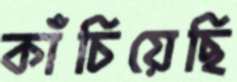
কাঁচিয়েছি